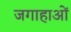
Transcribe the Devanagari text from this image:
जगाहाओं